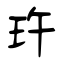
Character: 玝